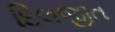
દિલજીત